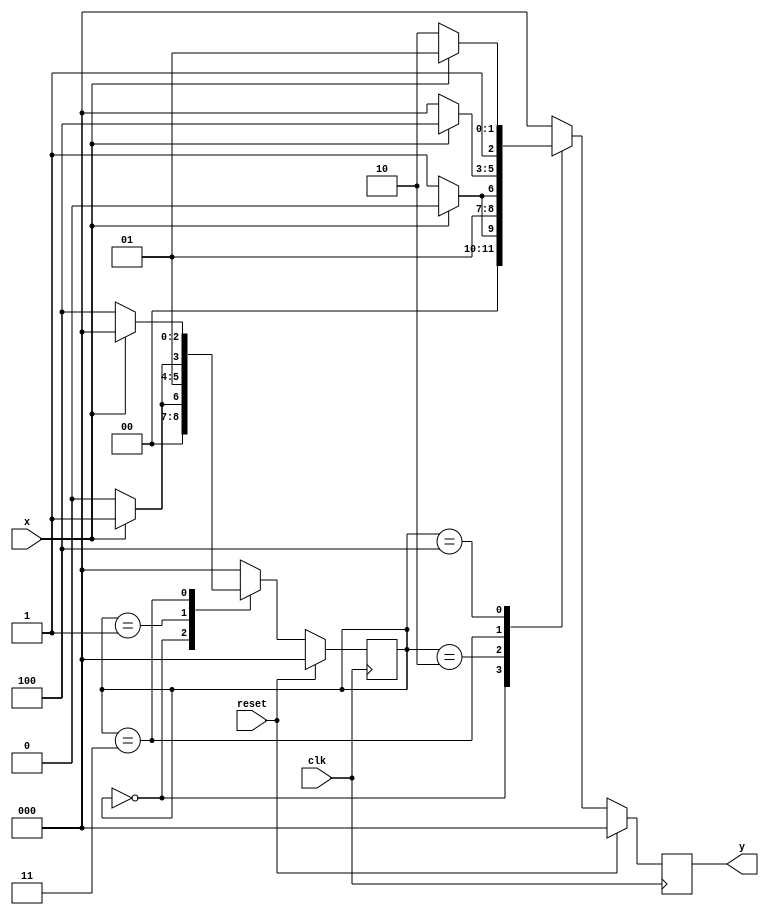

module huffman_decoder(y, x, clk, reset);

	input x;
	output reg[2:0] y;
	input clk;
	input reset;
	
	reg[2:0] state;
	
	parameter S0 = 3'b000, S1 = 3'b001, S2 = 3'b010, S3 = 3'b011, S4 = 3'b100;
	
	always @ (posedge clk)
	if(reset == 1) begin state = S0; y = 3'b000; end
	else 	
	begin
		case(state)
		S0: if(x == 0) begin state = S0; y = 3'b001; end else begin state = S1; y = 3'b000; end
		S1: if(x == 0)	begin state = S2; y = 3'b000; end else begin state = S3; y = 3'b000; end
		S2: if(x == 0) begin state = S0; y = 3'b011; end else begin state = S0; y = 3'b010; end
		S3: if(x == 0) begin state = S4; y = 3'b000; end else begin state = S0; y = 3'b100; end
		S4: if(x == 0) begin state = S0; y = 3'b110; end else begin state = S0; y = 3'b101; end
		default: begin state = S0; y = 3'b000; end
		endcase
	end
	
endmodule